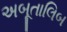
અબૂતાલિબ